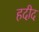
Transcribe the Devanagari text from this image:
हदीद